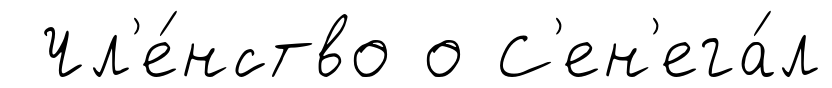
Чл'е́нство о С'ен'ега́л